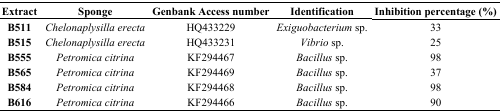
<table><thead><tr><td><b>Extract</b></td><td><b>Sponge</b></td><td><b>Genbank Access number</b></td><td><b>Identification</b></td><td><b>Inhibition percentage (%)</b></td></tr></thead><tbody><tr><td><b>B511</b></td><td><i>Chelonaplysilla erecta</i></td><td>HQ433229</td><td><i>Exiguobacterium</i> sp.</td><td>33</td></tr><tr><td><b>B515</b></td><td><i>Chelonaplysilla erecta</i></td><td>HQ433231</td><td><i>Vibrio</i> sp.</td><td>25</td></tr><tr><td><b>B555</b></td><td><i>Petromica citrina</i></td><td>KF294467</td><td><i>Bacillus</i> sp.</td><td>98</td></tr><tr><td><b>B565</b></td><td><i>Petromica citrina</i></td><td>KF294469</td><td><i>Bacillus</i> sp.</td><td>37</td></tr><tr><td><b>B584</b></td><td><i>Petromica citrina</i></td><td>KF294468</td><td><i>Bacillus</i> sp.</td><td>98</td></tr><tr><td><b>B616</b></td><td><i>Petromica citrina</i></td><td>KF294466</td><td><i>Bacillus</i> sp.</td><td>90</td></tr></tbody></table>